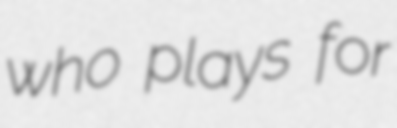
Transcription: who plays for